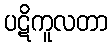
ပဋိကူလတာ